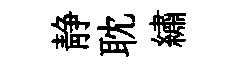
静耽繡